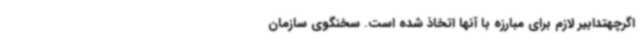
اگرچهتدابیر لازم برای مبارزه با آنها اتخاذ شده است. سخنگوی سازمان